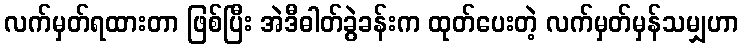
လက်မှတ်ရထားတာ ဖြစ်ပြီး အဲဒီဓါတ်ခွဲခန်းက ထုတ်ပေးတဲ့ လက်မှတ်မှန်သမျှဟာ